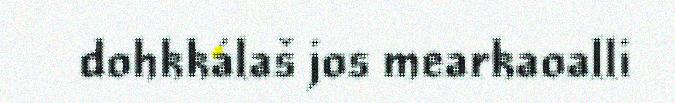
dohkkálaš jos mearkaoalli